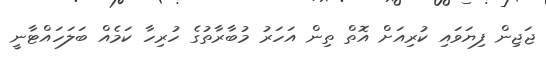
ޖަޖިން ފިޔަވައި ކުރިއަށް އޮތް ތިން އަހަރު މުބާރާތުގެ ހުރިހާ ކަމެއް ބަލަހައްޓާނީ